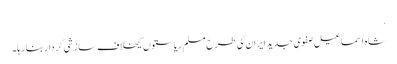
.
شاہ اسماعیل صفوی جدید ایران کی طرح مسلم ریاستوں کیخلاف سازشی کردار بنا رہا۔